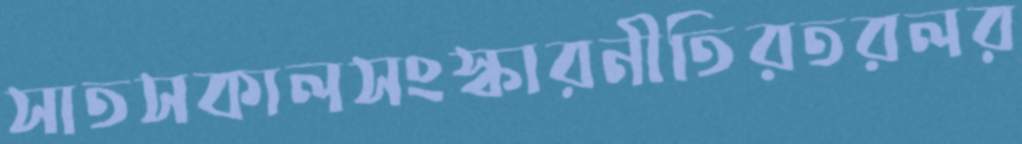
সাতসকালসংস্কারনীতিরতরলর